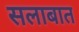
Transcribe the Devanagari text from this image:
सलाबात